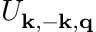
U _ { \mathbf { k } , - \mathbf { k } , \mathbf { q } }